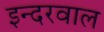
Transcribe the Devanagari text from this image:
इन्दरवाल